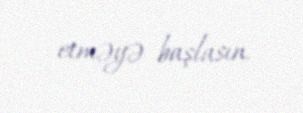
etməyə başlasın.